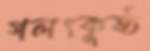
গলৎকুষ্ঠ